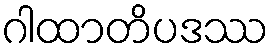
ဂါထာတိပဒဿ